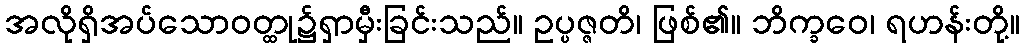
အလိုရှိအပ်သောဝတ္ထု၌ရှာမှီးခြင်းသည်။ ဥပ္ပဇ္ဇတိ၊ ဖြစ်၏။ ဘိက္ခဝေ၊ ရဟန်းတို့။